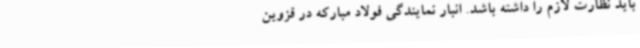
باید نظارت لازم را داشته باشد. انبار نمایندگی فولاد مبارکه در قزوین